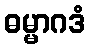
ဓမ္မာဂဒံ